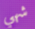
شهي